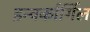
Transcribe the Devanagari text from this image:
इन्वर्कार्गिल